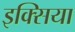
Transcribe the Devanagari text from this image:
इक्सिया